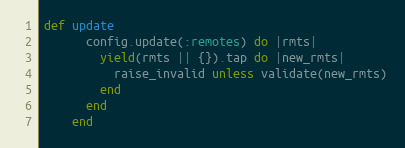
Language: Ruby
def update
      config.update(:remotes) do |rmts|
        yield(rmts || {}).tap do |new_rmts|
          raise_invalid unless validate(new_rmts)
        end
      end
    end